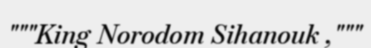
"""King Norodom Sihanouk ,"""